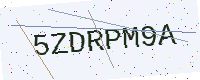
Text: 5ZDRPM9A